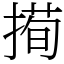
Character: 㨚